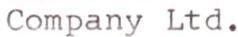
Company Ltd.